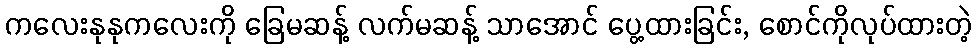
ကလေးနုနုကလေးကို ခြေမဆန့် လက်မဆန့် သာအောင် ပွေ့ထားခြင်း, စောင်ကိုလုပ်ထားတဲ့